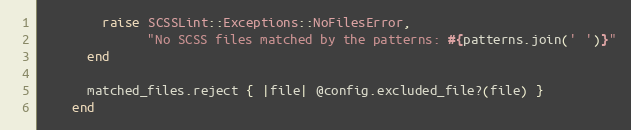
Language: Ruby
        raise SCSSLint::Exceptions::NoFilesError,
              "No SCSS files matched by the patterns: #{patterns.join(' ')}"
      end

      matched_files.reject { |file| @config.excluded_file?(file) }
    end